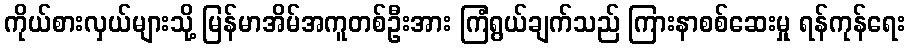
ကိုယ်စားလှယ်များသို့ မြန်မာအိမ်အကူတစ်ဦးအား ကြံရွယ်ချက်သည် ကြားနာစစ်ဆေးမှု ရန်ကုန်ရေး